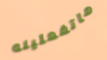
ماتفعلينه